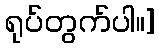
ရုပ်တွက်ပါ။]